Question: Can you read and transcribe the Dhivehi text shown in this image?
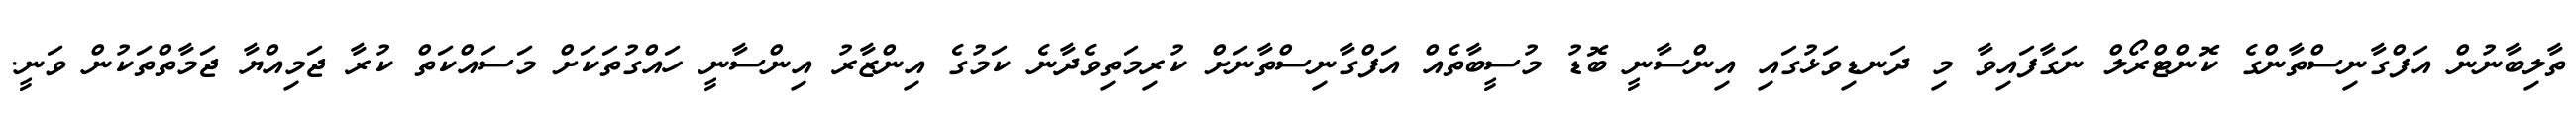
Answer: ތާލިބާނުން އަފްގާނިސްތާންގެ ކޮންޓްރޯލް ނަގާފައިވާ މި ދަނޑިވަޅުގައި އިންސާނީ ބޮޑު މުސީބާތެއް އަފްގާނިސްތާނަށް ކުރިމަތިވެދާނެ ކަމުގެ އިންޒާރު އިންސާނީ ހައްގުތަކަށް މަސައްކަތް ކުރާ ޖަމިއްޔާ ޖަމާތްތަކުން ވަނީ.